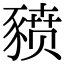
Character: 豮